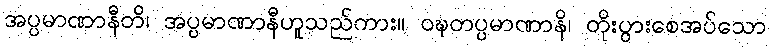
အပ္ပမာဏာနီတိ၊ အပ္ပမာဏာနီဟူသည်ကား။ ဝဍ္ဎတပ္ပမာဏာနိ၊ တိုးပွားစေအပ်သော